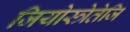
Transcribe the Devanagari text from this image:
जियोस्त्रेतेजि